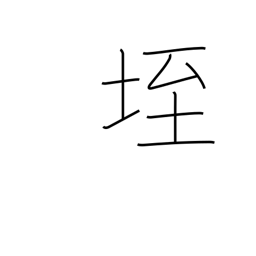
Meaning: anthill